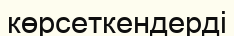
көрсеткендерді